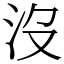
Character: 沒